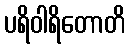
ပရိဝါရိတောတိ